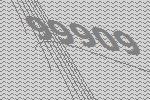
99909